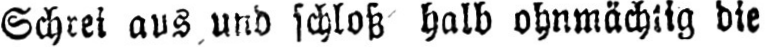
Schrei aus und schloß halb ohnmächtig die